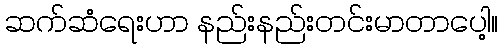
ဆက်ဆံရေးဟာ နည်းနည်းတင်းမာတာပေါ့။